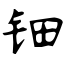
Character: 钿